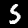
Label: 5